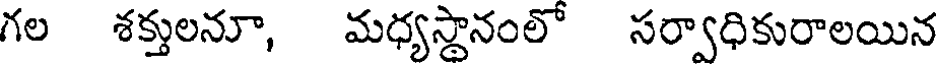
గల శక్తులనూ, మధ్యస్థానంలో సర్వాధికురాలయిన